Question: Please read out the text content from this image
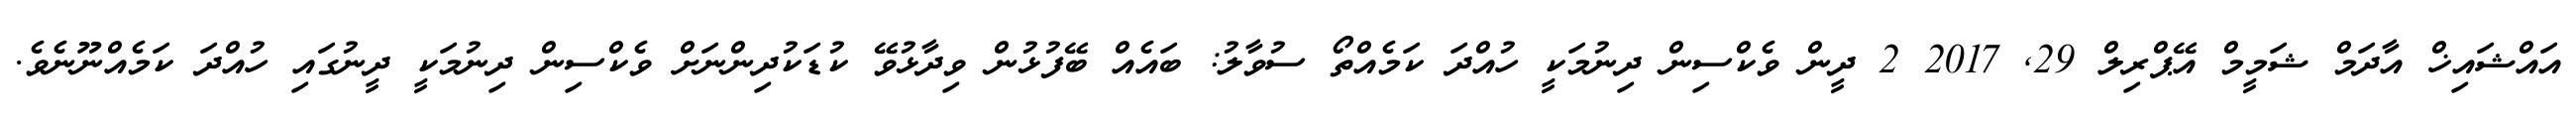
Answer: އައްޝައިޚް އާދަމް ޝަމީމް އޭޕްރިލް 29, 2017 2 ދީން ވެކްސިން ދިނުމަކީ ހުއްދަ ކަމެއްތޯ ސުވާލު: ބައެއް ބޭފުޅުން ވިދާޅުވޭ ކުޑަކުދިންނަށް ވެކްސިން ދިނުމަކީ ދީނުގައި ހުއްދަ ކަމެއްނޫނެވެ.